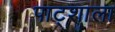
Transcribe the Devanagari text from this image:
पाट्शाला